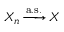
\displaystyle X _ { n } \, { \xrightarrow { \mathrm { a . s . } } } \, X